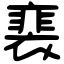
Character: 𧜏